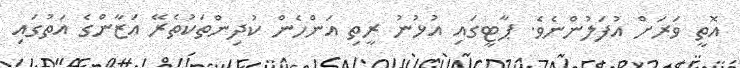
އޮތީ ވަރަށް އުފަލުންނެވެ. ޕާޓީގައި އުޅުނު ރީތި އަންހެން ކުދިންތަކުތެރޭ އަޒާންގެ އަތުގައި